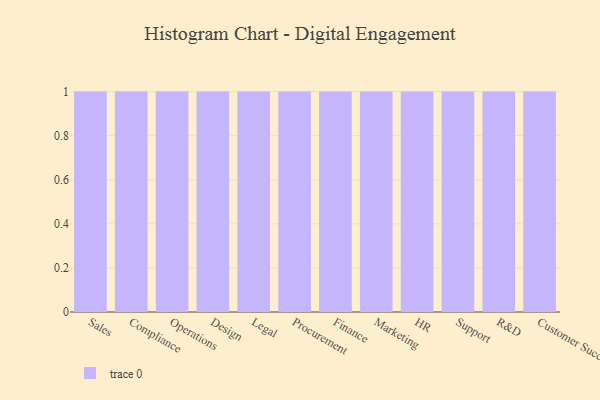
{"axis": {"x": "Department", "y": "Budget (USD K)"}, "legend": [""], "data": [{"x": "Sales", "y": 41, "type": ""}, {"x": "Compliance", "y": 26, "type": ""}, {"x": "Operations", "y": 39, "type": ""}, {"x": "Design", "y": 73, "type": ""}, {"x": "Legal", "y": 6, "type": ""}, {"x": "Procurement", "y": 79, "type": ""}, {"x": "Finance", "y": 90, "type": ""}, {"x": "Marketing", "y": 76, "type": ""}, {"x": "HR", "y": 13, "type": ""}, {"x": "Support", "y": 77, "type": ""}, {"x": "R&D", "y": 12, "type": ""}, {"x": "Customer Success", "y": 39, "type": ""}]}